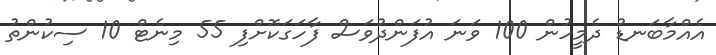
އެއްމާބަނޑު ދެމީހުން 100 ވަނަ އުފަންދުވަސް ފާހަގަކޮށްފި 55 މިނެޓް 10 ސިކުންތު